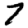
Digit: 7